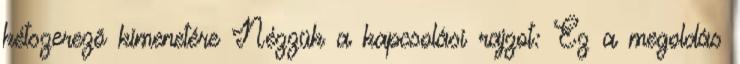
kétszerezõ kimenetére Nézzük a kapcsolási rajzot: Ez a megoldás